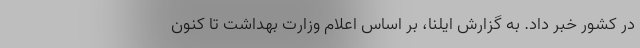
در کشور خبر داد. به گزارش ایلنا، بر اساس اعلام وزارت بهداشت تا کنون